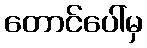
တောင်ပေါ်မှ